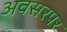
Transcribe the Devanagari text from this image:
अवसरपर